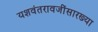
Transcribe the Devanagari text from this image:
यशवंतरावजींसारख्या